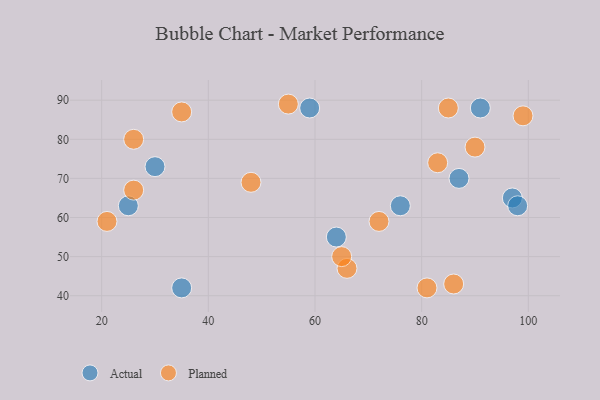
{"axis": {"x": "GDP", "y": "Life Expectancy"}, "legend": ["Actual", "Planned"], "data": [{"x": "30", "y": 73, "type": "Actual"}, {"x": "64", "y": 55, "type": "Actual"}, {"x": "59", "y": 88, "type": "Actual"}, {"x": "25", "y": 63, "type": "Actual"}, {"x": "87", "y": 70, "type": "Actual"}, {"x": "76", "y": 63, "type": "Actual"}, {"x": "97", "y": 65, "type": "Actual"}, {"x": "98", "y": 63, "type": "Actual"}, {"x": "91", "y": 88, "type": "Actual"}, {"x": "35", "y": 42, "type": "Actual"}, {"x": "81", "y": 42, "type": "Planned"}, {"x": "26", "y": 67, "type": "Planned"}, {"x": "72", "y": 59, "type": "Planned"}, {"x": "86", "y": 43, "type": "Planned"}, {"x": "90", "y": 78, "type": "Planned"}, {"x": "55", "y": 89, "type": "Planned"}, {"x": "66", "y": 47, "type": "Planned"}, {"x": "99", "y": 86, "type": "Planned"}, {"x": "35", "y": 87, "type": "Planned"}, {"x": "65", "y": 50, "type": "Planned"}, {"x": "83", "y": 74, "type": "Planned"}, {"x": "26", "y": 80, "type": "Planned"}, {"x": "21", "y": 59, "type": "Planned"}, {"x": "48", "y": 69, "type": "Planned"}, {"x": "85", "y": 88, "type": "Planned"}]}